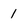
Character: 1